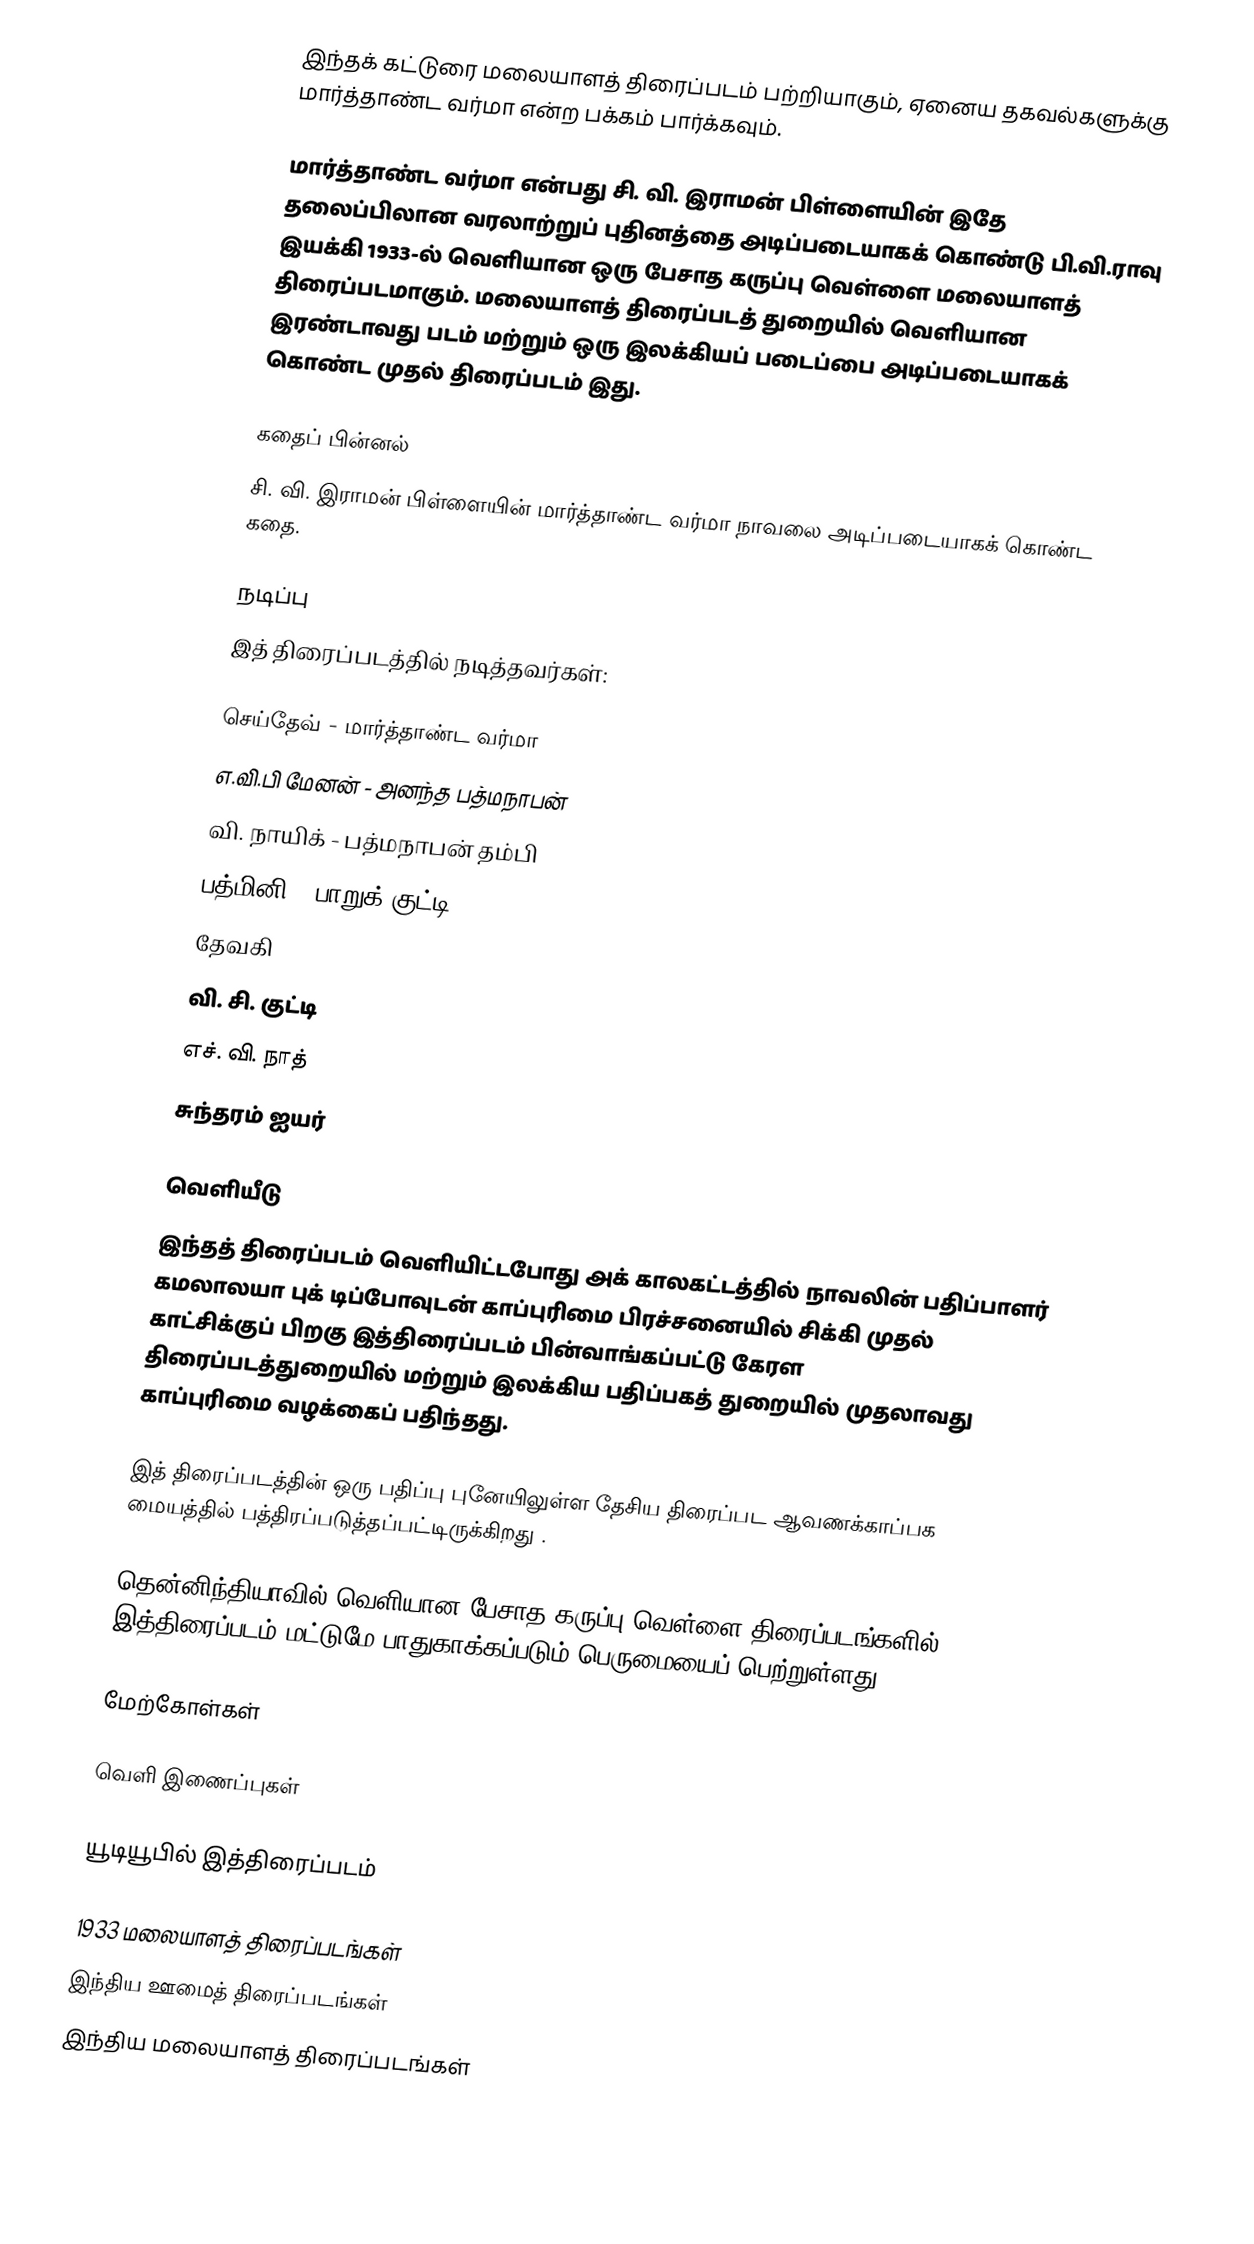
இந்தக் கட்டுரை மலையாளத் திரைப்படம் பற்றியாகும், ஏனைய தகவல்களுக்கு மார்த்தாண்ட வர்மா என்ற பக்கம் பார்க்கவும்.

மார்த்தாண்ட வர்மா என்பது சி. வி. இராமன் பிள்ளையின் இதே தலைப்பிலான வரலாற்றுப் புதினத்தை அடிப்படையாகக் கொண்டு பி.வி.ராவு இயக்கி 1933-ல் வெளியான ஒரு பேசாத கருப்பு வெள்ளை மலையாளத் திரைப்படமாகும். மலையாளத் திரைப்படத் துறையில் வெளியான இரண்டாவது படம் மற்றும் ஒரு இலக்கியப் படைப்பை அடிப்படையாகக் கொண்ட முதல் திரைப்படம் இது.

கதைப் பின்னல்
சி. வி. இராமன் பிள்ளையின் மார்த்தாண்ட வர்மா நாவலை அடிப்படையாகக் கொண்ட கதை.

நடிப்பு
இத் திரைப்படத்தில் நடித்தவர்கள்:

 செய்தேவ் - மார்த்தாண்ட வர்மா
 எ.வி.பி மேனன் - அனந்த பத்மநாபன்
 வி. நாயிக் - பத்மநாபன் தம்பி
 பத்மினி - பாறுக் குட்டி
 தேவகி
 வி. சி. குட்டி
 எச். வி. நாத்
 சுந்தரம் ஐயர்

வெளியீடு
இந்தத் திரைப்படம் வெளியிட்டபோது அக் காலகட்டத்தில் நாவலின் பதிப்பாளர் கமலாலயா புக் டிப்போவுடன் காப்புரிமை பிரச்சனையில் சிக்கி முதல் காட்சிக்குப் பிறகு இத்திரைப்படம் பின்வாங்கப்பட்டு கேரள திரைப்படத்துறையில் மற்றும் இலக்கிய பதிப்பகத் துறையில் முதலாவது காப்புரிமை வழக்கைப் பதிந்தது.

இத் திரைப்படத்தின் ஒரு பதிப்பு புனேயிலுள்ள தேசிய திரைப்பட ஆவணக்காப்பக மையத்தில் பத்திரப்படுத்தப்பட்டிருக்கிறது .

தென்னிந்தியாவில் வெளியான பேசாத கருப்பு வெள்ளை திரைப்படங்களில் இத்திரைப்படம் மட்டுமே பாதுகாக்கப்படும் பெருமையைப் பெற்றுள்ளது.

மேற்கோள்கள்

வெளி இணைப்புகள்

 யூடியூபில் இத்திரைப்படம்

1933 மலையாளத் திரைப்படங்கள்
இந்திய ஊமைத் திரைப்படங்கள்
இந்திய மலையாளத் திரைப்படங்கள்